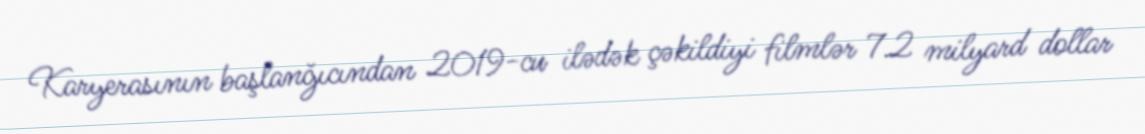
Karyerasının başlanğıcından 2019-cu ilədək çəkildiyi filmlər 7.2 milyard dollar